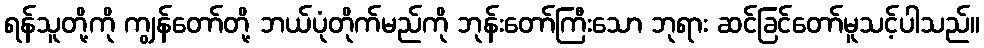
ရန်သူတို့ကို ကျွန်တော်တို့ ဘယ်ပုံတိုက်မည်ကို ဘုန်းတော်ကြီးသော ဘုရား ဆင်ခြင်တော်မူသင့်ပါသည်။